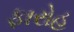
ફારોહ